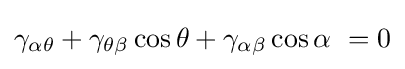
\gamma _{\alpha \theta }+\gamma _{\theta \beta }\cos {\theta }+\gamma _{\alpha \beta }\cos {\alpha }\ =0